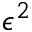
\epsilon ^ { 2 }